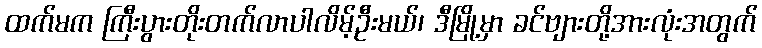
ထက်မက ကြီးပွားတိုးတက်လာပါလိမ့်ဦးမယ်၊ ဒီမြို့မှာ ခင်ဗျားတို့အားလုံးအတွက်